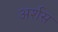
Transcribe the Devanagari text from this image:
अर्शस